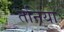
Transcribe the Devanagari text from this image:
तनिया